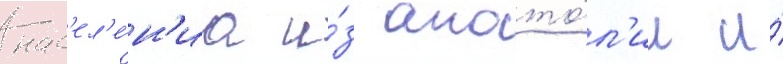
нас'ел'е́н'иа и́з анато́л'ии и́